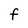
Character: F